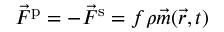
\vec { F } ^ { \mathrm { p } } = - \vec { F } ^ { \mathrm { s } } = f \rho \vec { m } ( \vec { r } , t )